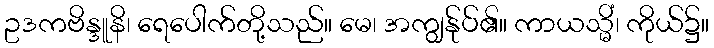
ဥဒကဗိန္ဒူနိ၊ ရေပေါက်တို့သည်။ မေ၊ အကျွန်ုပ်၏။ ကာယသ္မိံ၊ ကိုယ်၌။